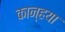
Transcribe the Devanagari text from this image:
कान्हया